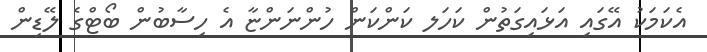
އެކަމަކު އޭގައި އަޅައިގަތުން ކަހަލ ކަންކަން ހުންނަންޏާ އެ ހިސާބުން ބޯޓްގެ ލޭޑިން